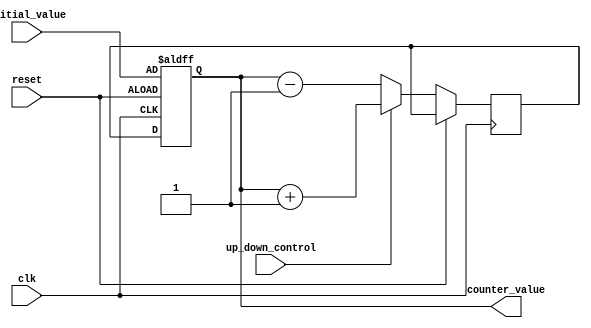
module UpDown_Counter (
    input clk,
    input reset,
    input up_down_control,
    input [7:0] initial_value,
    output reg [7:0] counter_value
);

reg [7:0] temp_value;

always @(posedge clk or posedge reset) begin
    if (reset) begin
        counter_value <= initial_value;
    end else begin
        if (up_down_control) begin
            temp_value <= counter_value + 1;
        end else begin
            temp_value <= counter_value - 1;
        end
        counter_value <= temp_value;
    end
end

endmodule